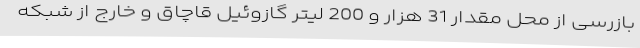
بازرسی از محل مقدار 31 هزار و 200 لیتر گازوئیل قاچاق و خارج از شبکه